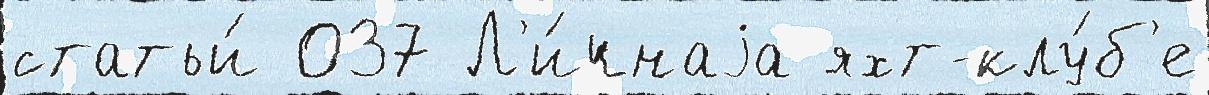
статьи́ 037 Л'и́чнаjа яхт-клу́б'е